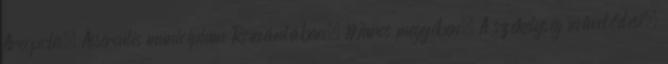
Areopolis, Asserculis municípium Romániában, Maros megyében. A székelység művelődési,